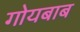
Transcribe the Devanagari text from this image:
गोयबाब